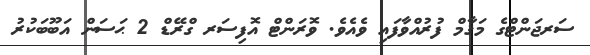
ސަރޖަންޓްގެ މަޤާާމް ފުރުއްވާފައި ވެއެވެ. ވޮރަންޓް އޮފިސަރ ގްރޭޑް 2 ޙަސަން އަބޫބަކުރު